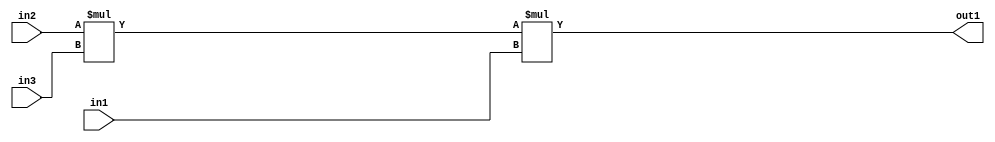
`timescale 1ps / 1ps
/*****************************************************************************
    Verilog RTL Description
    
    
    Created by: Stratus DpOpt 2019.1.01 
*******************************************************************************/

module st_weight_addr_gen_Mul3u16u16u16_4_8 (
	in3,
	in2,
	in1,
	out1
	); /* architecture "behavioural" */ 
input [15:0] in3,
	in2,
	in1;
output [31:0] out1;
wire [31:0] asc001,
	asc002;

assign asc002 = 
	+(in2 * in3);

assign asc001 = 
	+(asc002 * in1);

assign out1 = asc001;
endmodule

/* CADENCE  ubXwTg4= : u9/ySgnWtBlWxVPRXgAZ4Og= ** DO NOT EDIT THIS LINE ******/